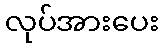
လုပ်အားပေး